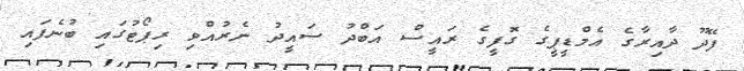
ފޭދޫ ދާއިރާގެ އެމްޑީޕީގެ ގޮފީގެ ރައީސް އަބްދު ސައީދު ނެރުއްވި ރިޕޯޓުގައި ބުނެފައި